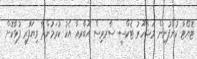
ޓޮޔޯޓާ ކުންފުނިން މަޝްހޫރު ޓެކްސީ ސާރވިސް އޫބާރއާ އެކު ކުރަމުންދާ ވިޔަފާރި ފުޅާކޮށް